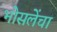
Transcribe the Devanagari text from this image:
भोसलेंचा